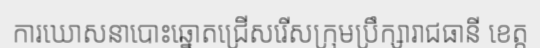
ការឃោសនាបោះឆ្នោតជ្រើសរើសក្រុមប្រឹក្សារាជធានី ខេត្ត